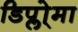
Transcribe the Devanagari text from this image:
डिप्लो्मा